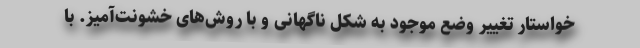
خواستار تغییر وضع موجود به شکل ناگهانی و با روش‌های خشونت‌آمیز. با